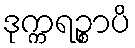
ဒုက္ကရဉ္စာပိ